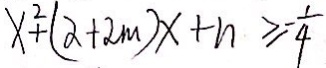
x ^ { 2 } + ( 2 + 2 m ) x + n \geq - \frac { 1 } { 4 }